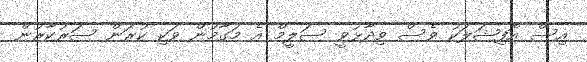
އިސް އޮފިޝަލަކު ވެސް ވިދާޅުވީ ސަލީމް އެ މަގާމުން ވަކި ކުރަން ސަރުކާރުން